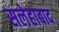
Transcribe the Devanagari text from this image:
सलेहाबाद